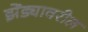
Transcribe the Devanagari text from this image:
झेंड्यावरील